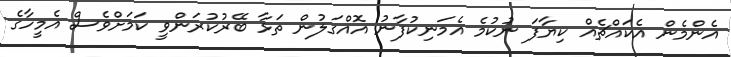
އެންމެން އެކައްޗެއް ކިޔާފަ ނުކުމެ އެމަނިކުފާނު އޮއްގަލުން ތަޅާ ބޭރުކުރަންވީ ކަމަށްވެސް އެމީހާގެ